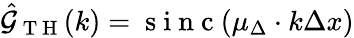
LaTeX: \hat{\mathcal{G}}_{\mathrm{~T~H~}}(k)=\mathrm{~s~i~n~c~}(\mu_{\Delta}\cdot k\Delta x)